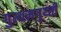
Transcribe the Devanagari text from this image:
गुत्थमगुथ्ती